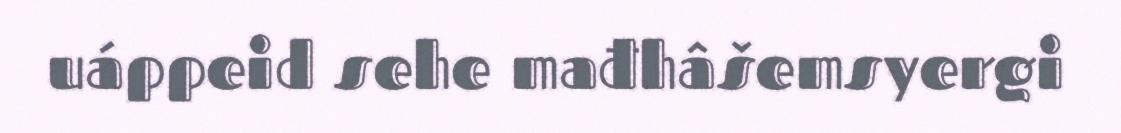
uáppeid sehe mađhâšemsyergi